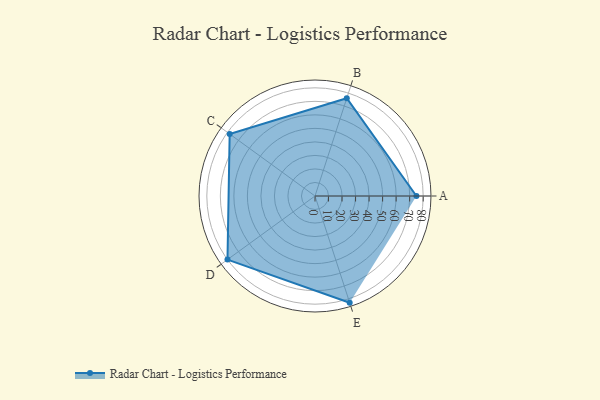
{"axis": {"x": "Skill", "y": "Score"}, "legend": ["Profile"], "data": [{"x": "A", "y": 75.0, "type": "Profile"}, {"x": "B", "y": 76.0, "type": "Profile"}, {"x": "C", "y": 78.0, "type": "Profile"}, {"x": "D", "y": 80.0, "type": "Profile"}, {"x": "E", "y": 83.0, "type": "Profile"}]}